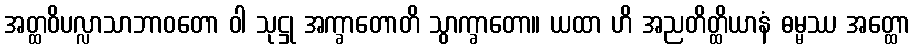
အတ္ထဝိပလ္လာသာဘာဝတော ဝါ သုဋ္ဌု အက္ခာတောတိ သွာက္ခာတော။ ယထာ ဟိ အညတိတ္ထိယာနံ ဓမ္မဿ အတ္ထော